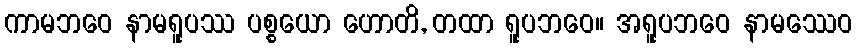
ကာမဘဝေ နာမရူပဿ ပစ္စယော ဟောတိ, တထာ ရူပဘဝေ။ အရူပဘဝေ နာမဿေဝ